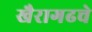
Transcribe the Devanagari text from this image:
खैरागढचे